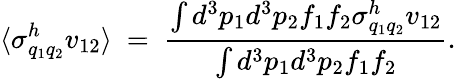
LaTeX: \langle\sigma_{q_{1}q_{2}}^{h}v_{12}\rangle\ =\ {\frac{\int d^{3}p_{1}d^{3}p_{2}f_{1}f_{2}\sigma_{q_{1}q_{2}}^{h}v_{12}}{\int d^{3}p_{1}d^{3}p_{2}f_{1}f_{2}}}.